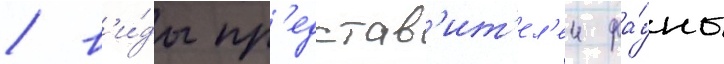
/ в'и́ды пр'едстав'ит'ел'еи фа́уны